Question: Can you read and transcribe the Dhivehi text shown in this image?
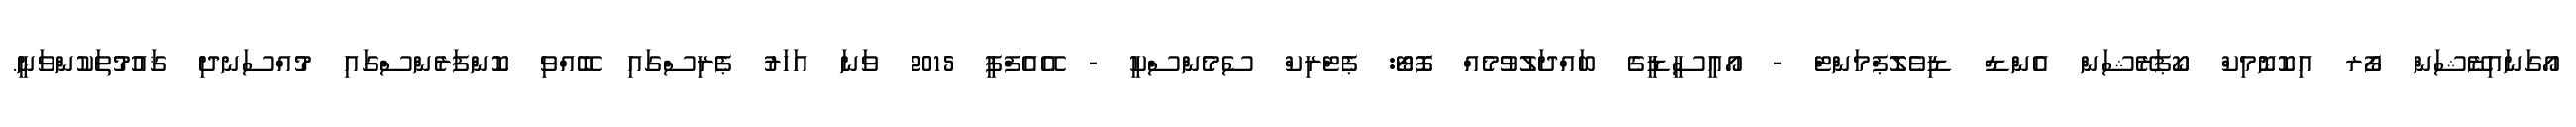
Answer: އޯގަނައިޒޭޝަން ފޯރ އިކޮނޮމިކް ކޯޕަރޭޝަން އެންޑް ޑިވެލޮޕްމަންޓް - އޯއީސީޑީގެ ބައްދަލުވުމެއް ފޮޓޯ: ޕެޓްރިކް ސެމެންސްކީ - އޭއެފްޕީ 2015 ވަނަ އަހަރު ޕެރިސްގައި ބޭއްވި ކޮންފަރެންސްގައި މުއްސަނދި ޤައުމުތަކުންވަނީ.